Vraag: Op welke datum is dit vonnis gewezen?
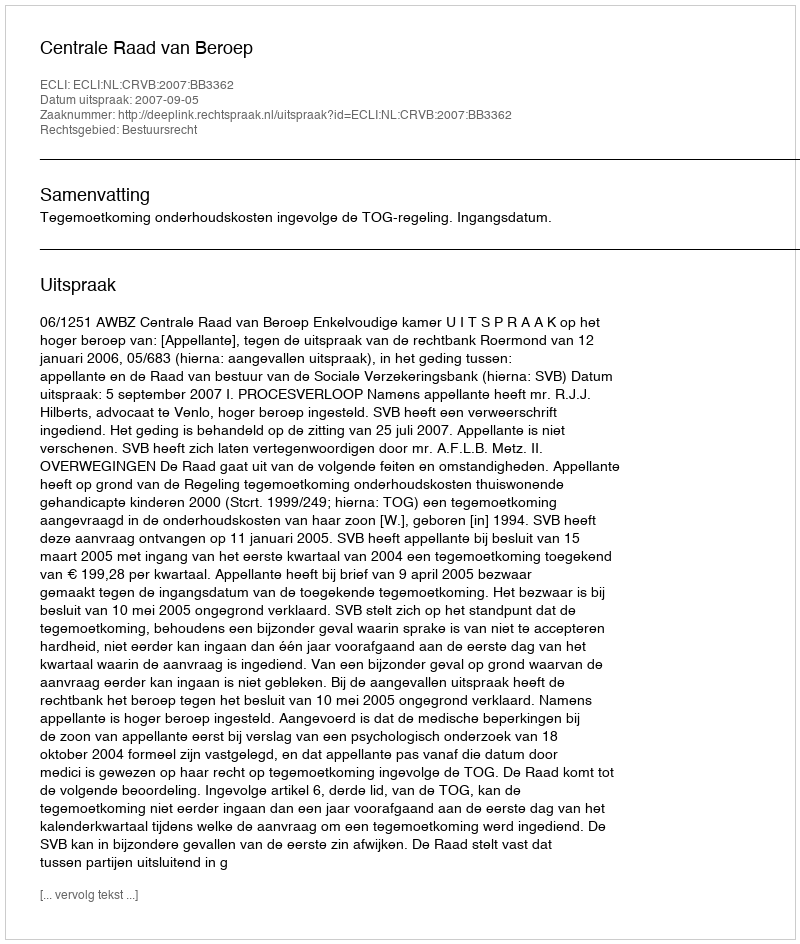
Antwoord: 2007-09-05